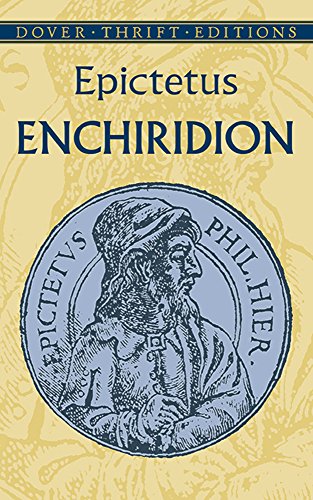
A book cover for Enchiridion (Dover Thrift Editions); Epictetus; Politics & Social Sciences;